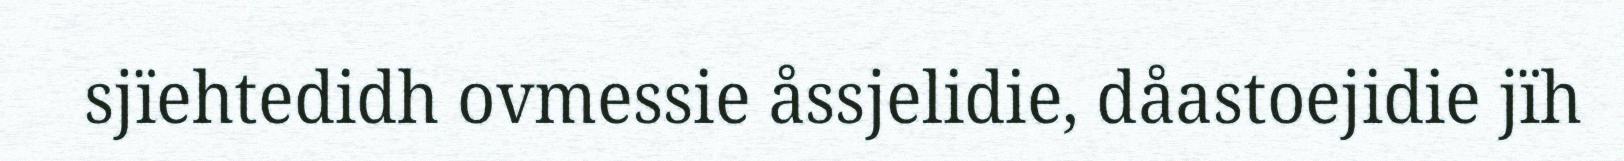
sjïehtedidh ovmessie åssjelidie, dåastoejidie jïh